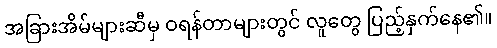
အခြားအိမ်များဆီမှ ဝရန်တာများတွင် လူတွေ ပြည့်နှက်နေ၏။